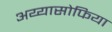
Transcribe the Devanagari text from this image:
अय्यासोफिया